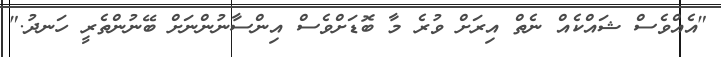
"އެއްވެސް ޝައްކެއް ނެތް އިރަށް ވުރެ މާ ބޮޑަށްވެސް އިންސާނުންނަށް ބޭނުންތެރީ ހަނދު."